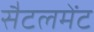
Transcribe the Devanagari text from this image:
सैटलमेंट